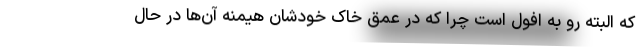
که البته رو به افول است چرا که در عمق خاک خودشان هیمنه آن‌ها در حال